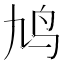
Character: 鸠